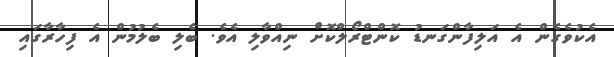
އެކުވެގެން އެ އަލިފާންގަނޑު ކޮންޓްރޯލްކޮށް ނިއްވާލި އެވެ. ބެލި ބެލުމުން އެ ފިހާރާގައި